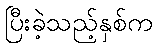
ပြီးခဲ့သည့်နှစ်က